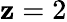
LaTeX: \mathbf{z}=2